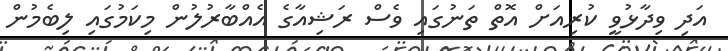
އަދި ވިދާޅުވީ ކުރިއަށް އޮތް ތަނުގައި ވެސް ރަޝިއާގެ އެއްބާރުލުން މިކަމުގައި ލިބެމުން